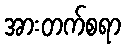
အားတက်စရာ